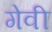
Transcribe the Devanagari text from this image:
गेवी